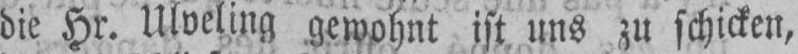
die Hr. Ulveling gewohnt ist uns zu schicken,